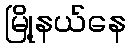
မြို့နယ်နေ